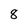
Character: 8